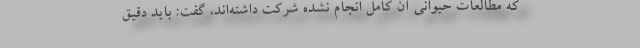
که مطالعات حیوانی آن کامل انجام نشده شرکت داشته‌اند، گفت: باید دقیق